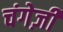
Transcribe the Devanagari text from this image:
चंगेज़ी